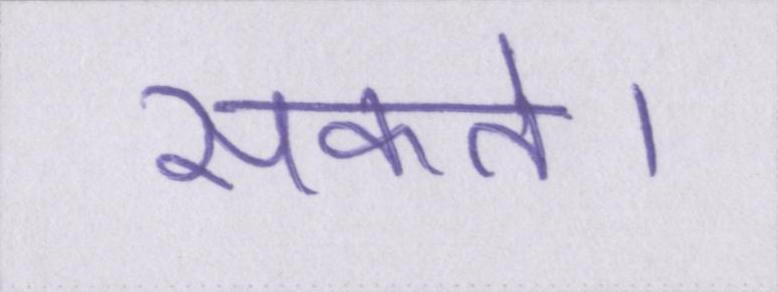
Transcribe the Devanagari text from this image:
सकते।